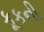
કૂકની